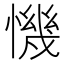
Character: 𢡧